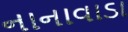
નાનાવાડા